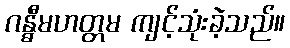
ဂန္ဓီမဟတ္တမ ကျင့်သုံးခဲ့သည်။